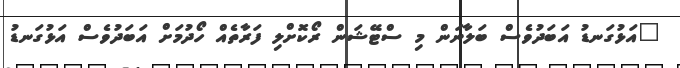
"އަޅުގަނޑު އަބަދުވެސް ބަލާނަން މި ސްޓޭޝަން ރޯކޮށްލި ފަރާތެއް ހޯދުމަށް އަބަދުވެސް އަޅުގަނޑު